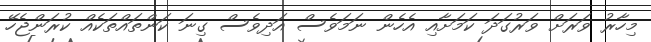
މިހާރު ވަރަށް ވަރުގަދަ ކަމަށާއި އެހެން ނަމަވެސް އަދިވެސް ގިނަ ކަންތައްތަކެއް ކުރަންޖެހޭ